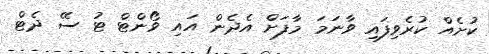
ކުށެއް ކުރެވިފައި ވާނަމަ މާފަށް އެދެން އައި ވޯންޓް ޓު ސޭ ދެޓް